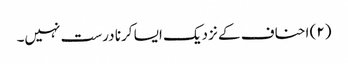
(۲) احناف کے نزدیک ایسا کرنا درست نہیں۔